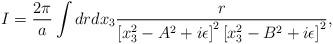
LaTeX: \begin{align*}I = {2\pi \over a}\int{drdx_3{r \over \left[ x_3^2 - A^2 +i\epsilon \right]^2 \left[x_3^2 - B^2 + i\epsilon\right]^2}},\end{align*}